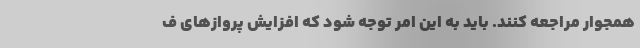
همجوار مراجعه کنند. باید به این امر توجه شود که افزایش پروازهای ف